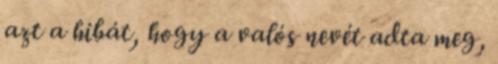
azt a hibát, hogy a valós nevét adta meg,